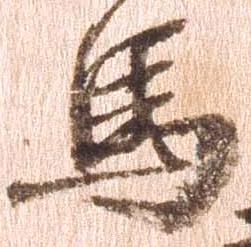
馬